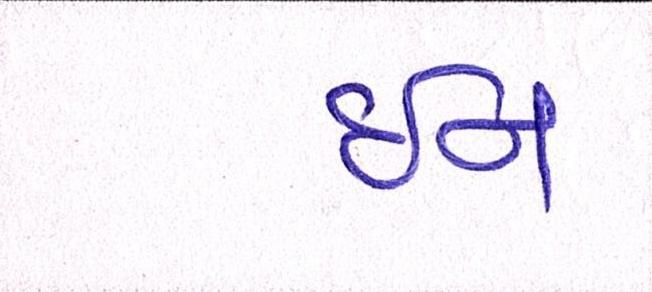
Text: ઇન